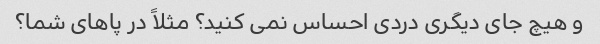
و هیچ جای دیگری دردی احساس نمی کنید؟ مثلاً در پاهای شما؟